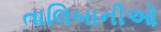
તાલિબાનીઓ